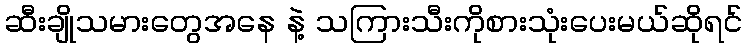
ဆီးချိုသမားတွေအနေ နဲ့ သကြားသီးကိုစားသုံးပေးမယ်ဆိုရင်